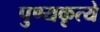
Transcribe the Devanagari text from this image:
पुण्यकृत्ये